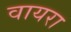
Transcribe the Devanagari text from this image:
वायरा